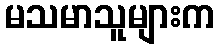
မသမာသူများက